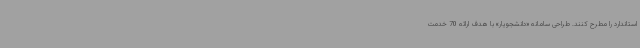
استاندارد را مطرح کنند. طراحی سامانه «دانشجویار» با هدف ارائه 70 خدمت